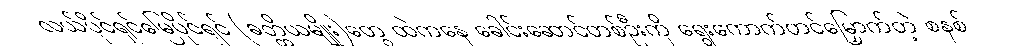
လယ်ပိုင်ရှင်မြေပိုင်ရှင် (ခတ္တိယမျိုး)တွေ ထဲကနေ ခေါင်းဆောင်တစ်ဦးကို ရွေးကောက်တင်မြှောက်တဲ့ စနစ်